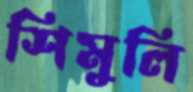
শিমুলি